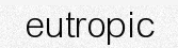
eutropic